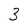
Character: 3